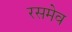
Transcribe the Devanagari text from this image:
रसमेव